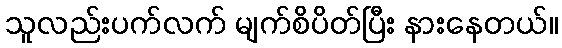
သူလည်းပက်လက် မျက်စိပိတ်ပြီး နားနေတယ်။